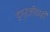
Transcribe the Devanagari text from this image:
इंग्रजीचाही